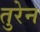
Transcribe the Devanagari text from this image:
तुरेन